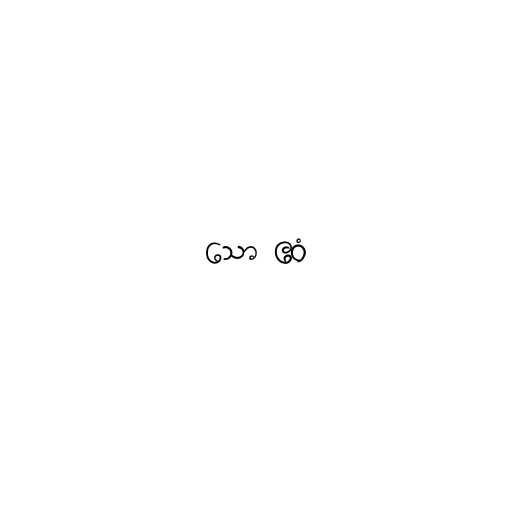
သော ဧဝံ